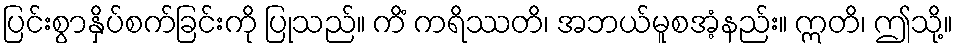
ပြင်းစွာနှိပ်စက်ခြင်းကို ပြုသည်။ ကိံ ကရိဿတိ၊ အဘယ်မူစအံ့နည်း။ ဣတိ၊ ဤသို့။